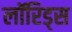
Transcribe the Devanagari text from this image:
लॉरिड्स